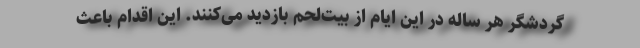
گردشگر هر ساله در این ایام از بیت‌لحم بازدید می‌کنند. این اقدام باعث